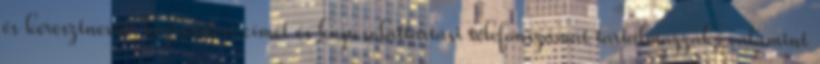
és keresztnevét, kézbesítési címét és kapcsolattartási telefonszámát tartalmazzák, valamint